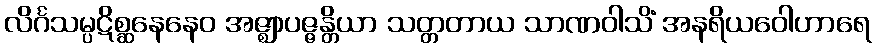
လိင်္ဂသမ္ပဋိစ္ဆနေနေဝ အဇ္ဈာပဇ္ဇန္တိယာ သတ္တတာယ သာဏဝါသိံ အနရိယဝေါဟာရေ